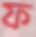
ফ